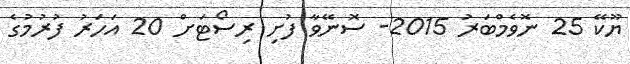
ޔޫކޭ 25 ނޮވެމްބަރު 2015- ސޮނޭވާ ފުށި ރިސޯޓަށް 20 އަހަރު ފުރުމުގެ